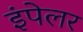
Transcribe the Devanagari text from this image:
इंपेलर